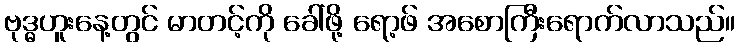
ဗုဒ္ဓဟူးနေ့တွင် မာတင့်ကို ခေါ်ဖို့ ရော့ဖ် အစောကြီးရောက်လာသည်။